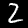
Label: 2